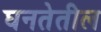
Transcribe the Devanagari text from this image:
घनतेतील